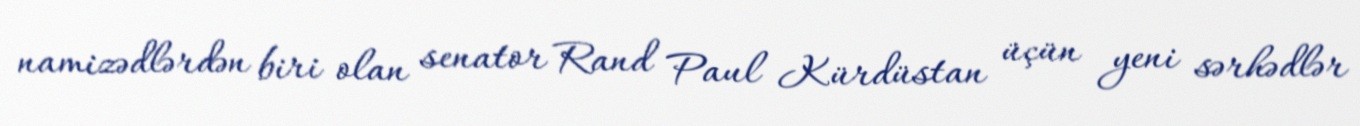
namizədlərdən biri olan senator Rand Paul Kürdüstan üçün yeni sərhədlər